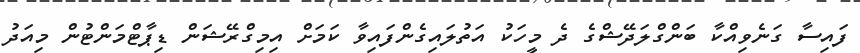
ފައިސާ ގަނެވިއްކާ ބަންގްލަދޭޝްގެ ދެ މީހަކު އަތުލައިގެންފައިވާ ކަމަށް އިމިގްރޭޝަން ޑިޕާޓްމަންޓުން މިއަދު